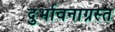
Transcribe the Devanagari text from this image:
दुर्भावनाग्रस्त